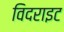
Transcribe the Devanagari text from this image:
विदराइट